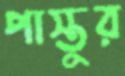
পাস্তুর